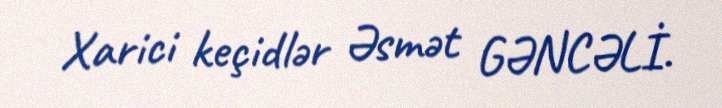
Xarici keçidlər Əsmət GƏNCƏLİ.